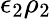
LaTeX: \epsilon_{2}\rho_{2}